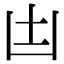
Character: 凷